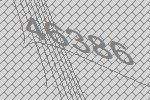
46386